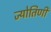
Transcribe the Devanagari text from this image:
ज्योतिणी